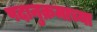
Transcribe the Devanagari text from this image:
पदानुक्रमाच्या